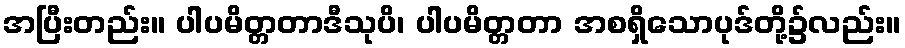
အပြီးတည်း။ ပါပမိတ္တတာဒီသုပိ၊ ပါပမိတ္တတာ အစရှိသောပုဒ်တို့၌လည်း။